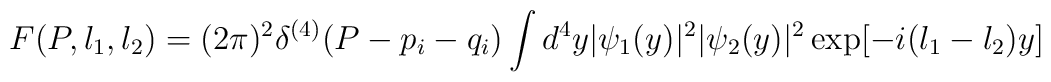
F(P,l_1,l_2)=(2\pi)^2\delta^{(4)}(P-p_i-q_i)\int d^4y|\psi_1(y)|^2|\psi_2(y)|^2\exp\bigl[-i(l_1-l_2)y\bigr]